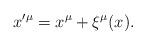
LaTeX: \begin{align*}x^{\prime\mu}=x^{\mu}+\xi^{\mu}(x). \end{align*}